On kala azar, malaria and malarial cachexia - Number 19
Disease focus: Malaria
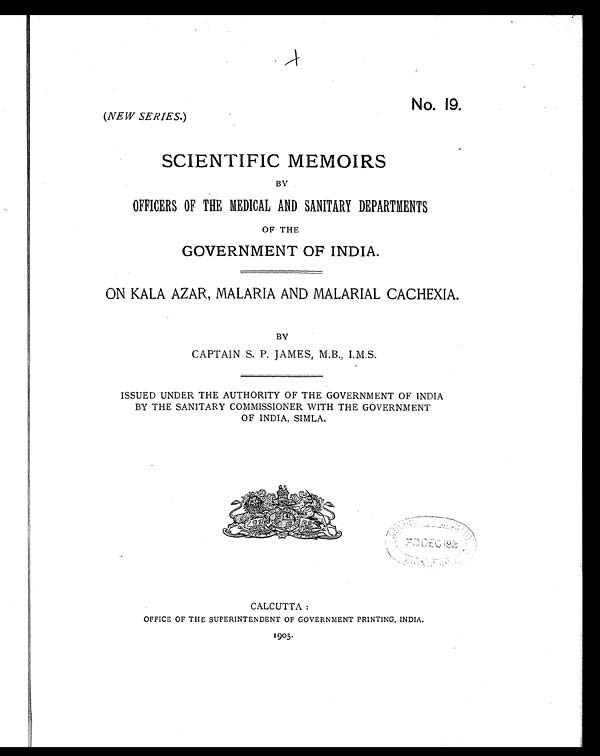
No. 19.
(NEW SERIES. )
SCIENTIFIC MEMOIRS
BY
OFFICERS OF THE MEDICAL AND SANITARY DEPARTMENTS
OF THE
GOVERNMENT OF INDIA.
ON KALA AZAR, MALARIA AND MALARIAL CACHEXIA.
BY
CAPTAIN S. P. JAMES, M.B., I.M.S.
ISSUED UNDER THE AUTHORITY OF THE GOVERNMENT OF INDIA
BY THE SANITARY COMMISSIONER WITH THE GOVERNMENT
OF INDIA, SIMLA.
CALCUTTA:
OFFICE OF THE SUPERINTENDENT OF GOVERNMENT PRINTING, INDIA.
1905.